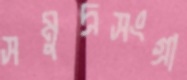
সমুদ্রসংগ্রা